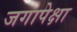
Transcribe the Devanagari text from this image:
जगापेक्षा